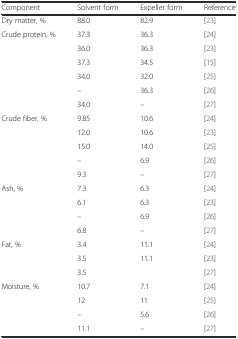
| Component | Solvent form | Expeller form | Reference |
 | --- | --- | --- | --- |
 | Dry matter, % | 88.0 | 82.9 | [23] |
 | Crude protein, % | 37.3 | 36.3 | [24] |
 |  | 36.0 | 36.3 | [23] |
 |  | 37.3 | 34.5 | [15] |
 |  | 34.0 | 32.0 | [25] |
 |  | – | 36.3 | [26] |
 |  | 34.0 | – | [27] |
 | Crude fiber, % | 9.85 | 10.6 | [24] |
 |  | 12.0 | 10.6 | [23] |
 |  | 15.0 | 14.0 | [25] |
 |  | – | 6.9 | [26] |
 |  | 9.3 | – | [27] |
 | Ash, % | 7.3 | 6.3 | [24] |
 |  | 6.1 | 6.3 | [23] |
 |  | – | 6.9 | [26] |
 |  | 6.8 | – | [27] |
 | Fat, % | 3.4 | 11.1 | [24] |
 |  | 3.5 | 11.1 | [23] |
 |  | 3.5 |  | [27] |
 | Moisture, % | 10.7 | 7.1 | [24] |
 |  | 12 | 11 | [25] |
 |  | – | 5.6 | [26] |
 |  | 11.1 | – | [27] |